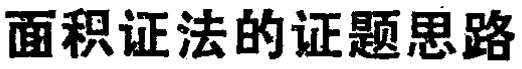
面积证法的证题思路